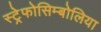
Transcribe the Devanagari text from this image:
स्ट्रेफोसिम्बोलिया